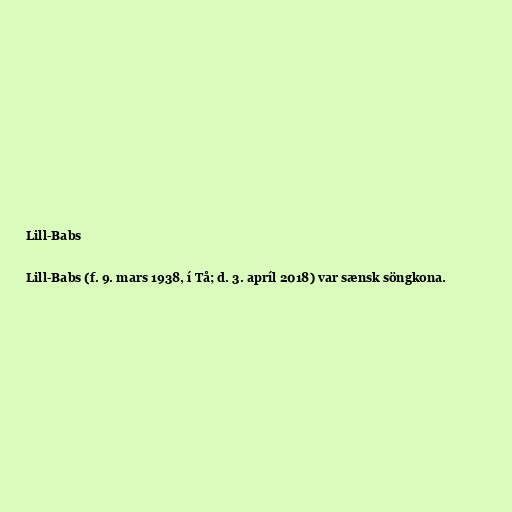
Lill-Babs

Lill-Babs (f. 9. mars 1938, í Tå; d. 3. apríl 2018) var sænsk söngkona.